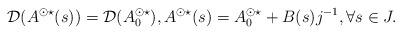
LaTeX: \begin{align*} \mathcal{D}(A^{\odot \star}(s)) = \mathcal{D}(A_0^{\odot \star}), A^{\odot \star}(s) = A_0^{\odot \star} + B(s)j^{-1}, \forall s \in J.\end{align*}